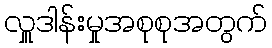
လှူဒါန်းမှုအစုစုအတွက်